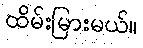
ထိမ်းမြားမယ်။